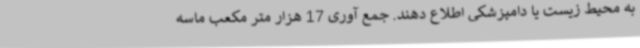
به محیط زیست یا دامپزشکی اطلاع دهند. جمع آوری 17 هزار متر مکعب ماسه